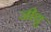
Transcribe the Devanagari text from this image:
जीथु